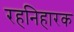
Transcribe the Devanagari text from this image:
रहनिहारक